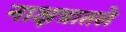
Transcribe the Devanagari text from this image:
नाक्षत्रातले